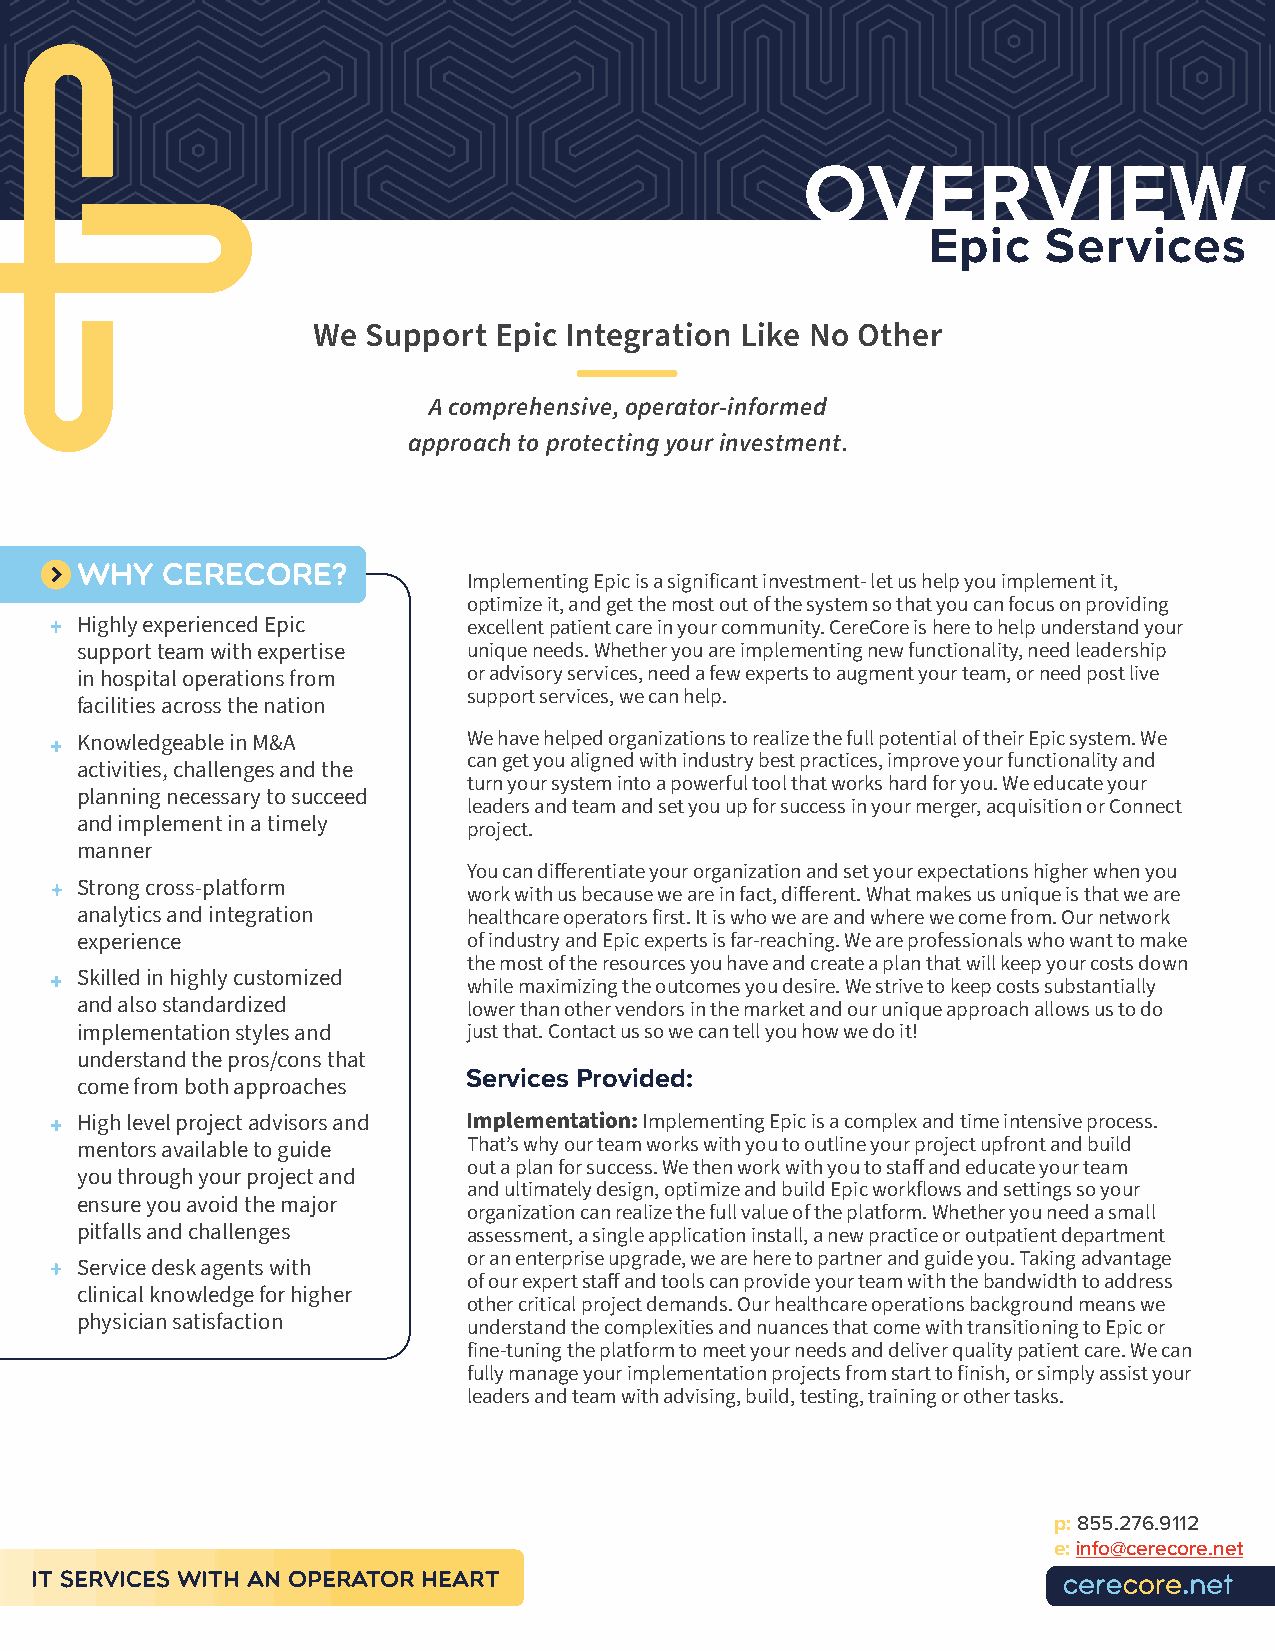
OVERVIEW
 Epic   Services
 We Support  Epic Integration Like No Other
 A comprehensive, operator-informed
 approach to protecting your investment.
 why   cerecore?
 Implementing Epic is a significant investment- let us help you implement it,
 optimize it, and get the most out of the system so that you can focus on providing
 ++ Highly experienced Epic  excellent patient care in your community. CereCore is here to help understand your
 support team with expertise unique needs. Whether you are implementing new functionality, need leadership
 in hospital operations from or advisory services, need a few experts to augment your team, or need post live
 support services, we can help.
 facilities across the nation
 ++ Knowledgeable in M&A     We have helped organizations to realize the full potential of their Epic system. We
 can get you aligned with industry best practices, improve your functionality and
 activities, challenges and the
 turn your system into a powerful tool that works hard for you. We educate your
 planning necessary to succeed
 leaders and team and set you up for success in your merger, acquisition or Connect
 and implement in a timely
 project.
 manner
 You can differentiate your organization and set your expectations higher when you
 ++ Strong cross-platform
 work with us because we are in fact, different. What makes us unique is that we are
 analytics and integration healthcare operators first. It is who we are and where we come from. Our network
 experience                of industry and Epic experts is far-reaching. We are professionals who want to make
 the most of the resources you have and create a plan that will keep your costs down
 ++ Skilled in highly customized
 while maximizing the outcomes you desire. We strive to keep costs substantially
 and also standardized     lower than other vendors in the market and our unique approach allows us to do
 implementation styles and just that. Contact us so we can tell you how we do it!
 understand the pros/cons that
 Services Provided:
 come from both approaches
 ++ High level project advisors and Implementation: Implementing Epic is a complex and time intensive process.
 mentors available to guide That’s why our team works with you to outline your project upfront and build
 out a plan for success. We then work with you to staff and educate your team
 you through your project and
 and ultimately design, optimize and build Epic workflows and settings so your
 ensure you avoid the major
 organization can realize the full value of the platform. Whether you need a small
 pitfalls and challenges   assessment, a single application install, a new practice or outpatient department
 ++ Service desk agents with or an enterprise upgrade, we are here to partner and guide you. Taking advantage
 of our expert staff and tools can provide your team with the bandwidth to address
 clinical knowledge for higher
 other critical project demands. Our healthcare operations background means we
 physician satisfaction    understand the complexities and nuances that come with transitioning to Epic or
 fine-tuning the platform to meet your needs and deliver quality patient care. We can
 fully manage your implementation projects from start to finish, or simply assist your
 leaders and team with advising, build, testing, training or other tasks.
 p: 855.276.9112
 e: info@cerecore.net
 IT Services With An Operator Heart